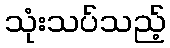
သုံးသပ်သည့်